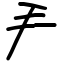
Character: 龵